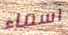
اسماء